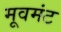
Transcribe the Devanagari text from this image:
मूवमंट